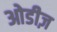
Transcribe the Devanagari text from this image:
ओडीज़